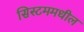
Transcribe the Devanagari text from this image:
सिस्टममधील